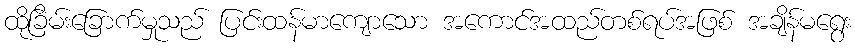
ထိုခြိမ်းခြောက်မှုသည် ပြင်းထန်မာကျောသော အကောင်အထည်တစ်ရပ်အဖြစ် အချိန်မရွေး